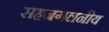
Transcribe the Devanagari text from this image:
सहजगलनीय